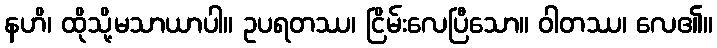
နဟိ၊ ထိုသို့မသာယာပါ။ ဥပရတဿ၊ ငြိမ်းလေပြီသော။ ဝါတဿ၊ လေ၏။